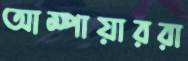
আম্পায়াররা